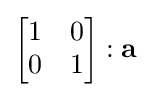
{\begin{bmatrix}1&0\\0&1\end{bmatrix}}:\mathbf {a}